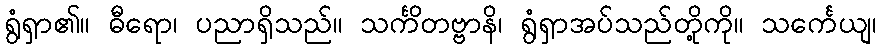
ရွံရှာ၏။ ဓီရော၊ ပညာရှိသည်။ သင်္ကိတဗ္ဗာနိ၊ ရွံရှာအပ်သည်တို့ကို။ သင်္ကေယျ၊